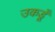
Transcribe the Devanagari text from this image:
उकडूँ